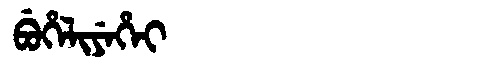
Manchu: ᠪᡠᡥᡝᠯᡳᠶᡝᡥᡝᡳ
Romanization: BUHELIYEHEI